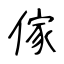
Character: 傢